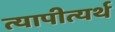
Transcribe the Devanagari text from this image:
त्यापीत्यर्थ